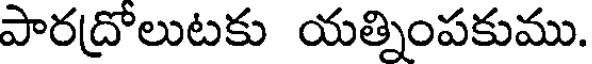
పారద్రోలుటకు యత్నింపకుము.